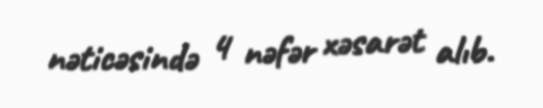
nəticəsində 4 nəfər xəsarət alıb.